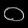
Digit: ၀